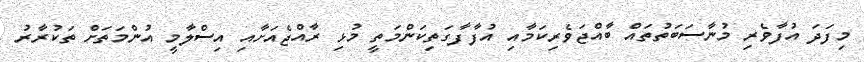
މިފަދަ އުފާވެރި މުނާސަބަތުތައް ބާއްޖަވެރިކަމާއި އުފާފާގަތިކަންމަތީ މުޅި ރާއްޖެއަށާއި އިސްލާމީ އުންމަތަށް ތަކުރާރު